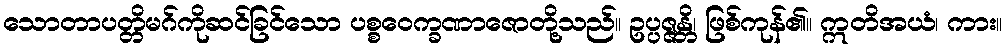
သောတာပတ္တိမဂ်ကိုဆင်ခြင်သော ပစ္စဝေက္ခဏာဇောတို့သည်။ ဥပ္ပဇ္ဇန္တိ၊ ဖြစ်ကုန်၏။ ဣတိအယံ၊ ကား။